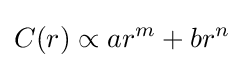
C(r)\propto ar^{m}+br^{n}